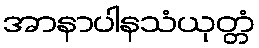
အာနာပါနသံယုတ္တံ